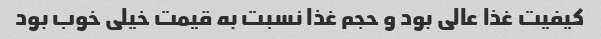
کیفیت غذا عالی بود و حجم غذا نسبت به قیمت خیلی خوب بود